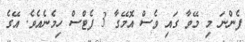
ފެންނަ މި މޭވާ ގައި ވެސް އޮމޭގާ 3 ފެޓްސް ހިމެނެއެވެ. އޭގެ